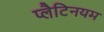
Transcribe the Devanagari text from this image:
प्लैटिनयम